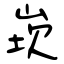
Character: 崁